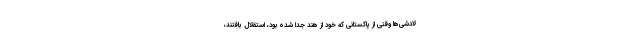
لادشی‌ها وقتی از پاکستانی که خود از هند جدا شده بود، استقلال یافتند،